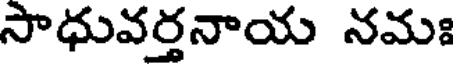
సాధువర్తనాయ నమః